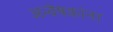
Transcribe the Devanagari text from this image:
अन्वेषकांना